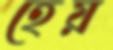
হেয়